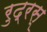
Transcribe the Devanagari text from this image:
रुद्रस्